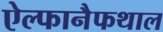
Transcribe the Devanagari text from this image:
ऐल्फानैफथाल